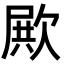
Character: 𣣣